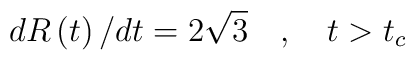
dR\left( t\right) /dt=2\sqrt{3}\quad ,\quad t>t_{c}